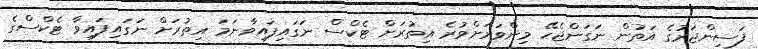
ފަސިންޖަރުގެ އަތުން ނަގަންޖެހޭ މިންވަރަށްވުރެ އިތުރަށް ޓެކްސް ނަގައިފައިވާނަމަ އިތުރަށް ނަގައިފައިވާ ޓެކްސްގެ